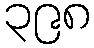
၃၉၈